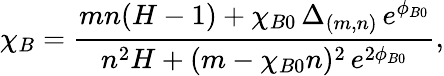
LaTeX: \chi_{B}=\frac{mn(H-1)+\chi_{B0}\, \Delta_{(m,n)}\, e^{\phi_{B0}}}{n^{2}H+(m-\chi_{B0}n)^{2}\, e^{2\phi_{B0}}},